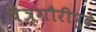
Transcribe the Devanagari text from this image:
चैत्रगौरीपुढे